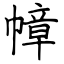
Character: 幛